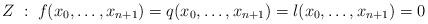
LaTeX: \begin{align*}Z \; : \; f(x_0,\dotsc,x_{n+1})=q(x_0,\dotsc,x_{n+1})=l(x_0,\dotsc,x_{n+1})=0\end{align*}